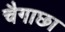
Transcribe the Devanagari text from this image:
चैगाछा